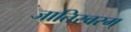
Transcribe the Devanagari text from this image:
जातिस्वरम्